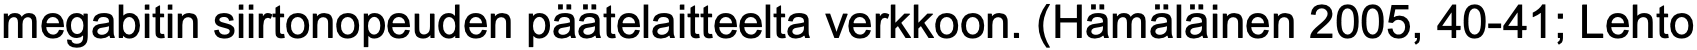
megabitin siirtonopeuden päätelaitteelta verkkoon. (Hämäläinen 2005, 40-41; Lehto